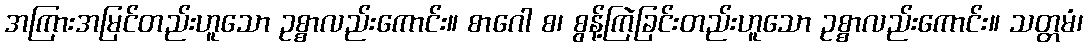
အကြားအမြင်တည်းဟူသော ဥစ္စာလည်းကောင်း။ စာဂေါ စ၊ စွန့်ကြဲခြင်းတည်းဟူသော ဥစ္စာလည်းကောင်း။ သတ္တမံ၊